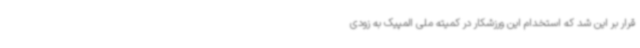
قرار بر این شد که استخدام این ورزشکار در کمیته ملی المپیک به زودی